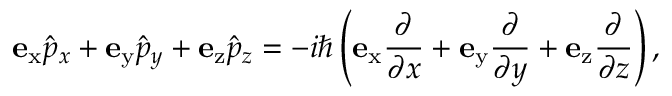
\mathbf { e } _ { \mathrm { x } } { \hat { p } } _ { x } + \mathbf { e } _ { \mathrm { y } } { \hat { p } } _ { y } + \mathbf { e } _ { \mathrm { z } } { \hat { p } } _ { z } = - i \hbar \left( \mathbf { e } _ { \mathrm { x } } { \frac { \partial } { \partial x } } + \mathbf { e } _ { \mathrm { y } } { \frac { \partial } { \partial y } } + \mathbf { e } _ { \mathrm { z } } { \frac { \partial } { \partial z } } \right) ,